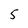
Character: 5